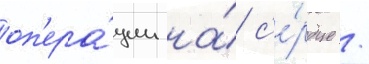
оп'ера́ции на́ с'е́рдце /